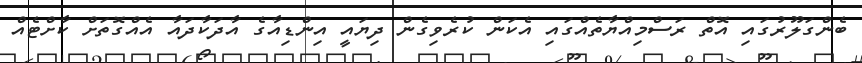
ބެންގަލޫރުގައި އޮތް ރަސްމިއްޔާތެއްގައި އެކަން ކުރެވިގެން ދިޔައީ އިންޑިއާގެ އާދަކާދައާ އެއްގޮތަށް ކާށްޓެއް